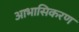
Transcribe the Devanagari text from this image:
आभासिकरण